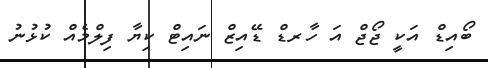
ބޯއިޑް އަކީ ޖޯޖް އަ ހާރޑް ޑޭއިޒް ނައިޓް ކިޔާ ފިލްމެއް ކުޅުނު